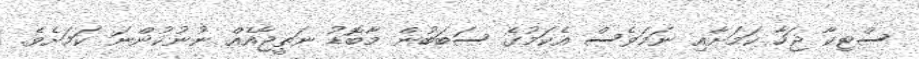
ސްޓިކާ ޖަހާ ކަމަށާއި ނަމަވެސް އެކަމުގެ ސަބަބުން މާބޮޑު ނަތީޖާއެއް ނުނުކުންނަ ކަމަށެވެ.